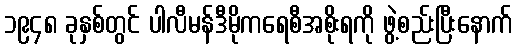
၁၉၄၈ ခုနှစ်တွင် ပါလီမန်ဒီမိုကရေစီအစိုးရကို ဖွဲ့စည်းပြီးနောက်